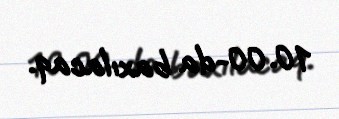
10.00-da baxılacaq.